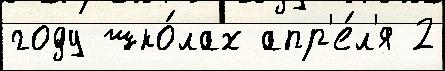
году шко́лах апр'е́л'я 2